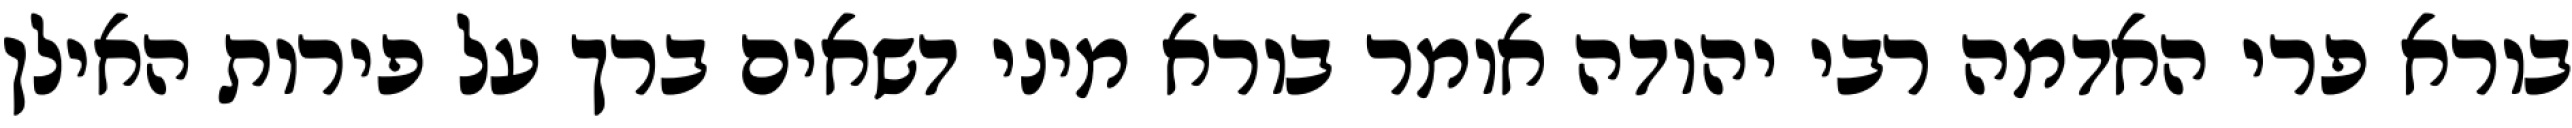
בורא פרי האדמה רבי יהודה אומר בורא מיני דשאים ברך על פירות האילן